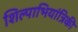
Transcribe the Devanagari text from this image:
शिल्पाभियांत्रिकी